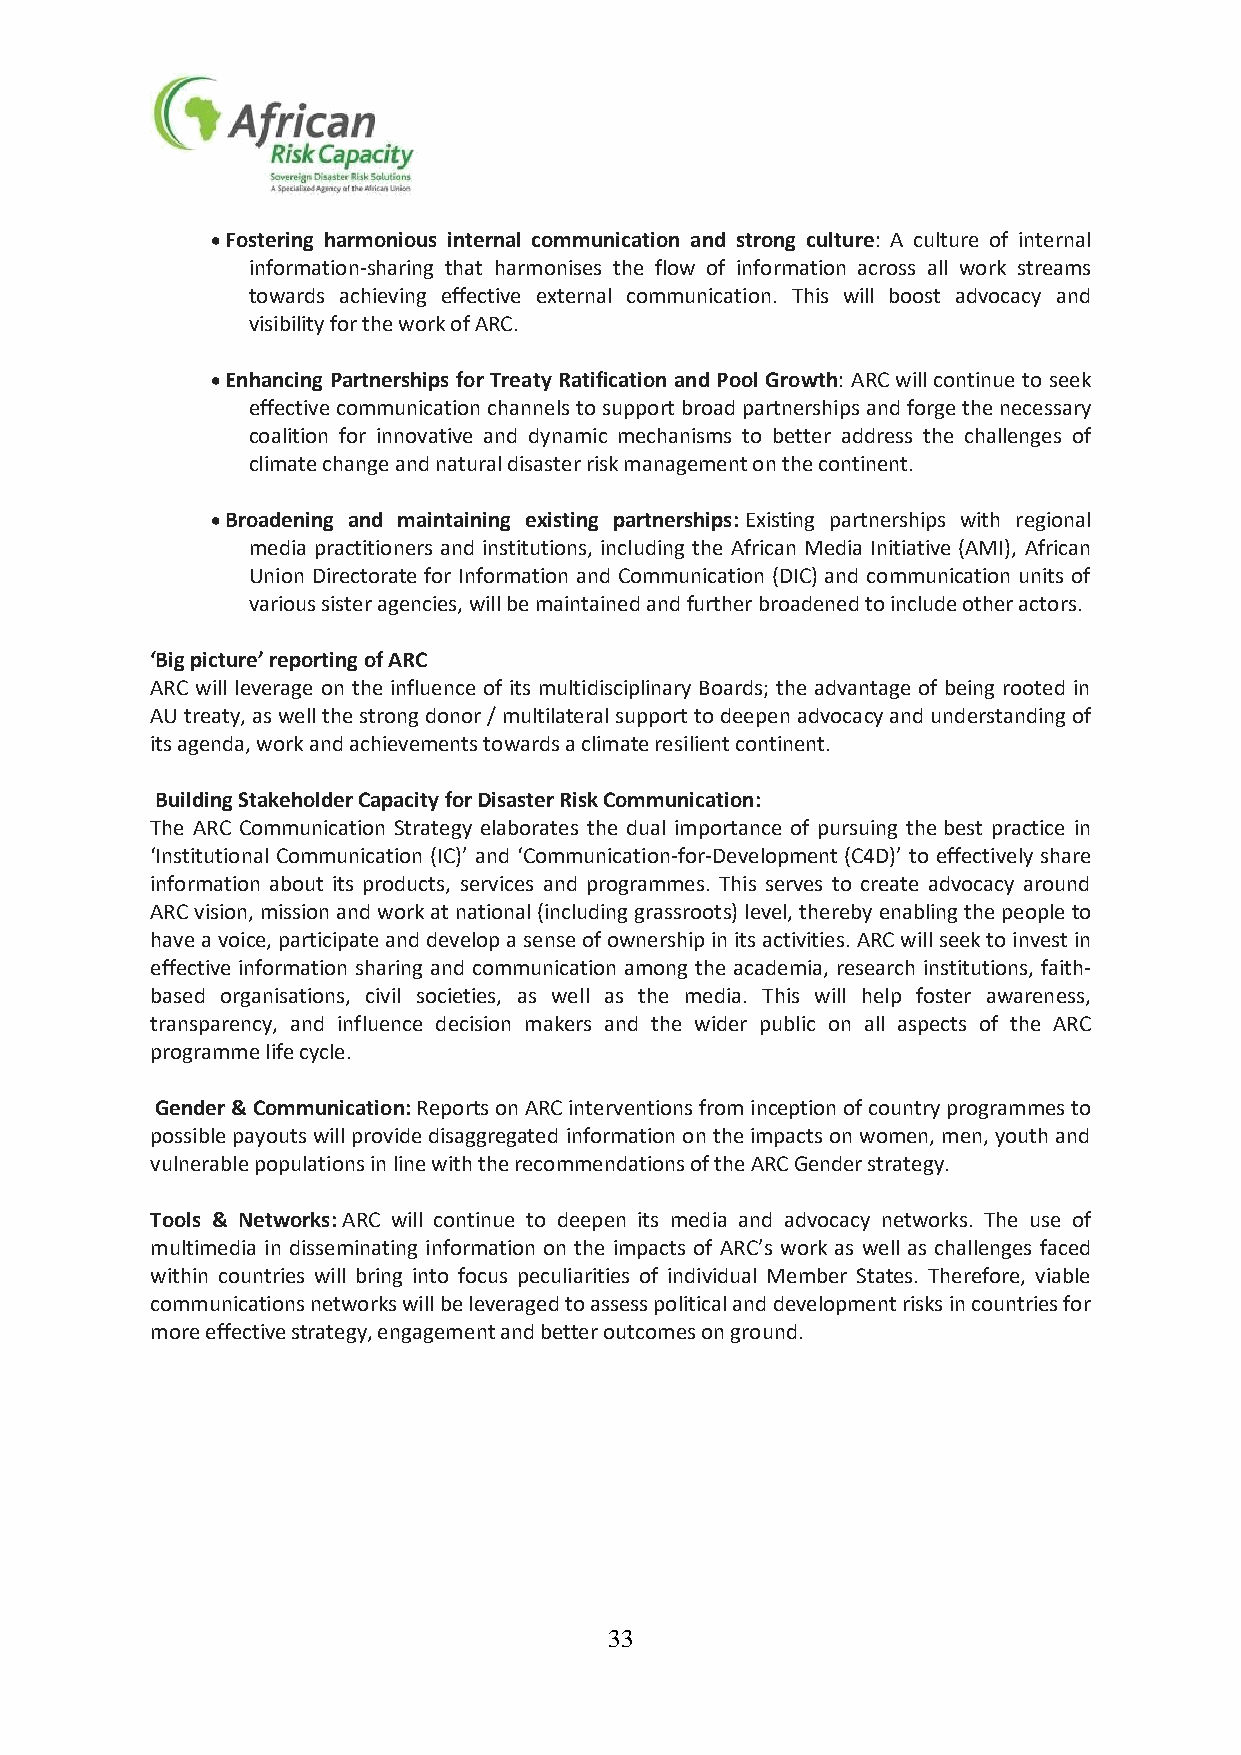
• Fostering harmonious internal communication and strong culture: A culture of internal
 information-sharing that harmonises the flow of information across all work streams
 towards achieving effective external communication. This will boost advocacy and
 visibility for the work of ARC.
 • Enhancing Partnerships for Treaty Ratification and Pool Growth: ARC will continue to seek
 effective communication channels to support broad partnerships and forge the necessary
 coalition for innovative and dynamic mechanisms to better address the challenges of
 climate change and natural disaster risk management on the continent.
 • Broadening and maintaining existing partnerships: Existing partnerships with regional
 media practitioners and institutions, including the African Media Initiative (AMI), African
 Union Directorate for Information and Communication (DIC) and communication units of
 various sister agencies, will be maintained and further broadened to include other actors.
 ‘Big picture’ reporting of ARC
 ARC will leverage on the influence of its multidisciplinary Boards; the advantage of being rooted in
 AU treaty, as well the strong donor / multilateral support to deepen advocacy and understanding of
 its agenda, work and achievements towards a climate resilient continent.
 Building Stakeholder Capacity for Disaster Risk Communication:
 The ARC Communication Strategy elaborates the dual importance of pursuing the best practice in
 ‘Institutional Communication (IC)’ and ‘Communication-for-Development (C4D)’ to effectively share
 information about its products, services and programmes. This serves to create advocacy around
 ARC vision, mission and work at national (including grassroots) level, thereby enabling the people to
 have a voice, participate and develop a sense of ownership in its activities. ARC will seek to invest in
 effective information sharing and communication among the academia, research institutions, faith-
 based organisations, civil societies, as well as the media. This will help foster awareness,
 transparency, and influence decision makers and the wider public on all aspects of the ARC
 programme life cycle.
 Gender & Communication: Reports on ARC interventions from inception of country programmes to
 possible payouts will provide disaggregated information on the impacts on women, men, youth and
 vulnerable populations in line with the recommendations of the ARC Gender strategy.
 Tools & Networks: ARC will continue to deepen its media and advocacy networks. The use of
 multimedia in disseminating information on the impacts of ARC’s work as well as challenges faced
 within countries will bring into focus peculiarities of individual Member States. Therefore, viable
 communications networks will be leveraged to assess political and development risks in countries for
 more effective strategy, engagement and better outcomes on ground.
 33